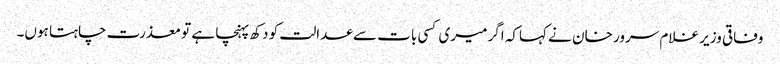
وفاقی وزیر غلام سرور خان نے کہاکہ اگر میری کسی بات سے عدالت کو دکھ پہنچا ہے تو معذرت چاہتا ہوں۔